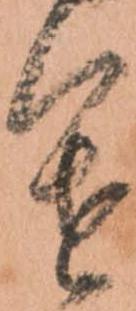
進